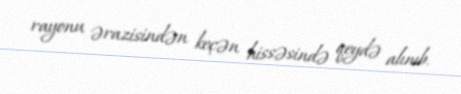
rayonu ərazisindən keçən hissəsində qeydə alınıb.